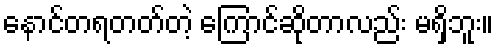
နောင်တရတတ်တဲ့ ကြောင်ဆိုတာလည်း မရှိဘူး။